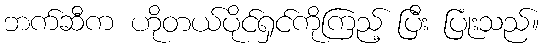
ဘက်ဆီက ဟိုတယ်ပိုင်ရှင်ကိုကြည့် ပြီး ပြုံးသည်။